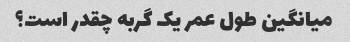
میانگین طول عمر یک گربه چقدر است؟